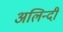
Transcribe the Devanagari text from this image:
अलिन्दी